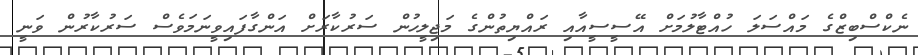
ނެކްސްބިޒްގެ މައްސަލަ ހުއްޓާލުމަށް އޭސީސީއާއި ރައްޔިތުންގެ މަޖިލީހުން ސަރުކާރަށް އަންގާފައިވީނަމަވެސް ސަރުކާރުން ވަނީ